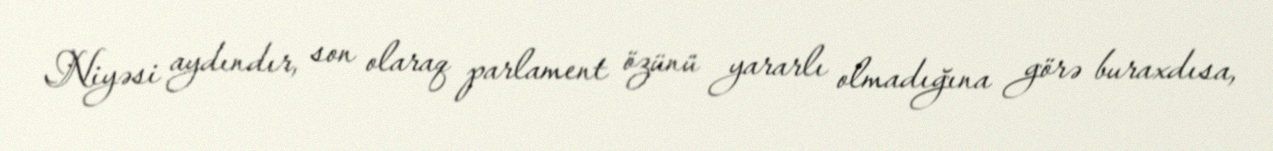
Niyəsi aydındır, son olaraq parlament özünü yararlı olmadığına görə buraxdısa,